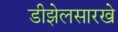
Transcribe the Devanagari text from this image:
डीझेलसारखे